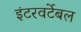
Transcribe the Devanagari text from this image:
इंटरवर्टेबल